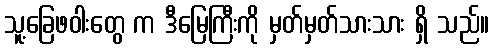
သူ့ခြေဖဝါးတွေ က ဒီမြေကြီးကို မှတ်မှတ်သားသား ရှိ သည်။